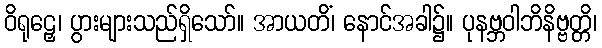
ဝိရုဠှေ၊ ပွားများသည်ရှိသော်။ အာယတိံ၊ နောင်အခါ၌။ ပုနဗ္ဘဝါဘိနိဗ္ဗတ္တိ၊